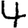
Digit: 4